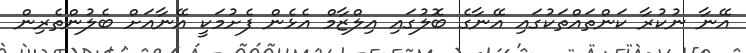
އޭނާ ނުކުރާ ކަންތައްތަކުގައި އޭނާގެ ބޮލުގައި އިލްޒާމް އެޅެން ފެށުމަކީ އޭނާއަށް ބެލުންތެރިން